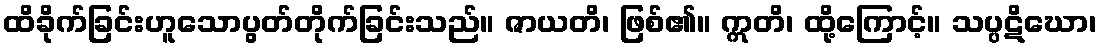
ထိခိုက်ခြင်းဟူသောပွတ်တိုက်ခြင်းသည်။ ဇာယတိ၊ ဖြစ်၏။ ဣတိ၊ ထို့ကြောင့်။ သပ္ပဋိဃော၊